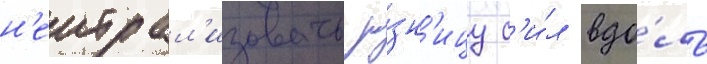
н'еитрал'изовать ра́зн'ицу с'и́л вдо́ль